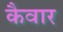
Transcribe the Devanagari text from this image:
कैवार